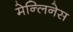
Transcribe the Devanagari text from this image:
मेन्लिनेस